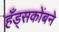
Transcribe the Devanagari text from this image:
हँड्सकोंबने